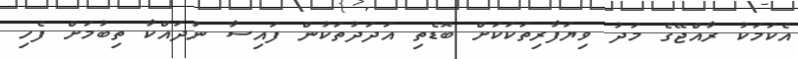
އެކަަމަކު ރާއްޖޭގެ މަދު ވިޔަފާރިތަކަކަށް ބޮޑެތި އަދަދުތަކުން ފައިސާ ނުދައްކާ ތިބުމަށް ފެހި